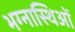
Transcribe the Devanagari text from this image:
भग्नास्थिओं